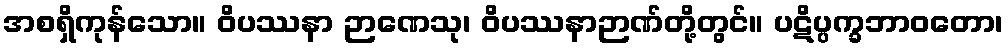
အစရှိကုန်သော။ ဝိပဿနာ ဉာဏေသု၊ ဝိပဿနာဉာဏ်တို့တွင်။ ပဋိပ္ပက္ခဘာဝတော၊